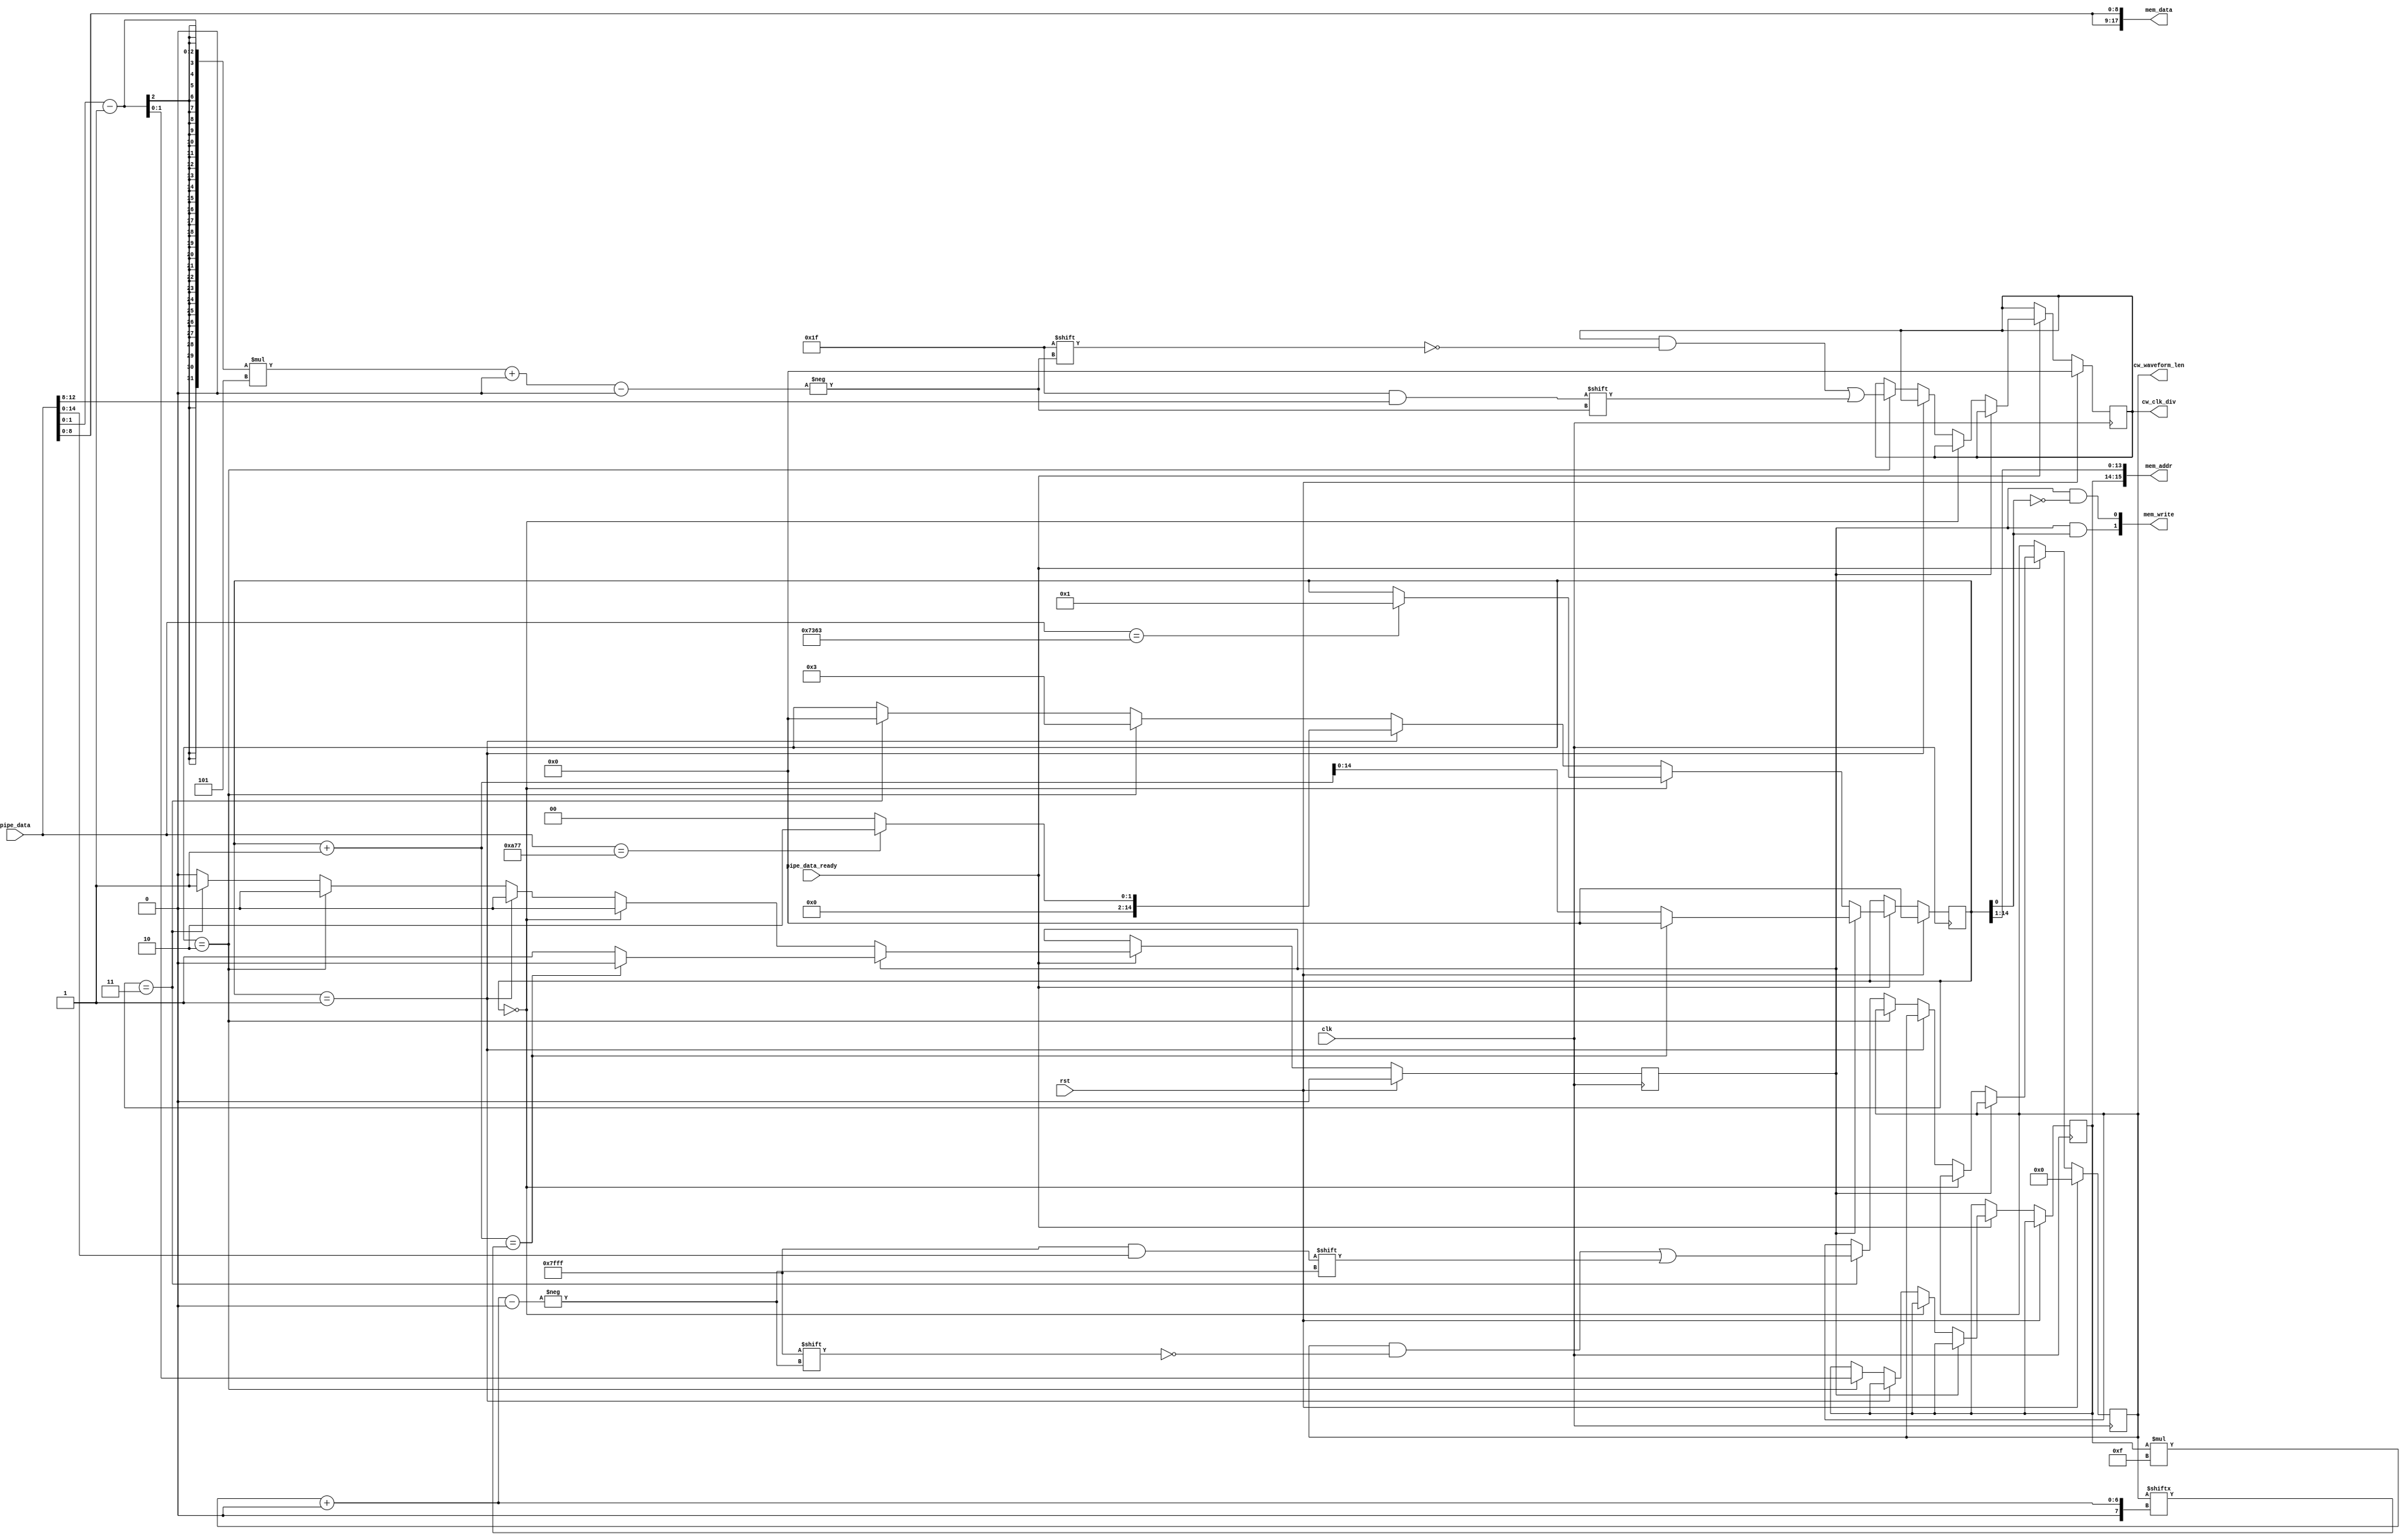
`timescale 1ns / 1ps
/////////////////////////////////////////////////
// OSC1 - LITE
// Version 1.0.0
// Yoon's Lab - U of M
/////////////////////////////////////////////////

// Read data from okPipeIn
// Parse the wire protocol
// And store custom waveform to BRAM

module read_pipe(
    input wire rst,
    input wire clk,
    
    input wire pipe_data_ready,
    input wire [15:0] pipe_data,
    
    output wire [15:0] mem_addr,
    output wire [1:0] mem_write,
    output wire [17:0] mem_data,
    
    output reg [14:0] cw_clk_div,
    output reg [44:0] cw_waveform_len
);
    reg state;  // 0: idle / metadata, 1: waveform
    reg [1:0] waveform_index_minus_one;
    reg [14:0] read_counter;
    
    assign mem_addr = {waveform_index_minus_one, read_counter[14:1]};
    assign mem_write[1] = state & read_counter[0];
    assign mem_write[0] = state & ~read_counter[0];
    assign mem_data = {pipe_data[8:0], pipe_data[8:0]};
    
    always @(posedge clk) begin
        if (rst) begin
            cw_clk_div <= 0;
            cw_waveform_len <= 0;
            state <= 0;
            read_counter <= 0;
        end else if (pipe_data_ready) begin
            if (state == 0) begin
                if (read_counter == 0) begin
                    if (pipe_data == 16'h7363) begin
                        read_counter <= 1;
                    end
                end else if (read_counter == 1) begin
                    if (pipe_data == 16'h0a77) begin
                        read_counter <= 2;
                    end else begin
                        read_counter <= 0;
                    end
                end else if (read_counter == 2) begin
                    waveform_index_minus_one <= pipe_data[1:0] - 1;
                    cw_clk_div[(pipe_data[1:0] - 1) * 5 +: 5] <= pipe_data[12:8];
                    read_counter <= 3;
                end else if (read_counter == 3) begin
                    state <= 1;
                    read_counter <= 0;
                    cw_waveform_len[waveform_index_minus_one * 15 +: 15] <= pipe_data[14:0];
                end
            end else begin  // state == 1
                if (read_counter + 1 == cw_waveform_len[waveform_index_minus_one * 15 +: 15]) begin
                    state <= 0;
                    read_counter <= 0;
                end else begin
                    read_counter <= read_counter + 1;
                end
            end
        end
    end
endmodule